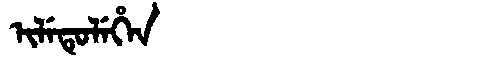
Manchu: ᡳᠯᡝᡨᡠᠯᡝᡥᡝᠨ
Romanization: ILETULEHEN